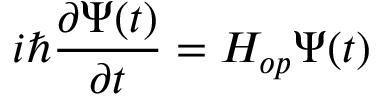
i \hbar \frac { \partial \Psi ( t ) } { \partial t } = H _ { o p } \Psi ( t )